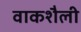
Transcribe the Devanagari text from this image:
वाकशैली